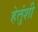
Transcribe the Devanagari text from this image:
हेतुंशी